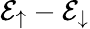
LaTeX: {\mathcal{E}_{\uparrow}-\mathcal{E}_{\downarrow}}